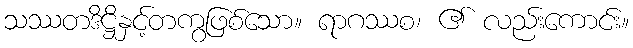
သဿတဒိဋ္ဌိနှင့်တကွဖြစ်သော။ ရာဂဿစ၊ ၏ လည်းကောင်း။